Trukikaitis_Postimees, lk 166
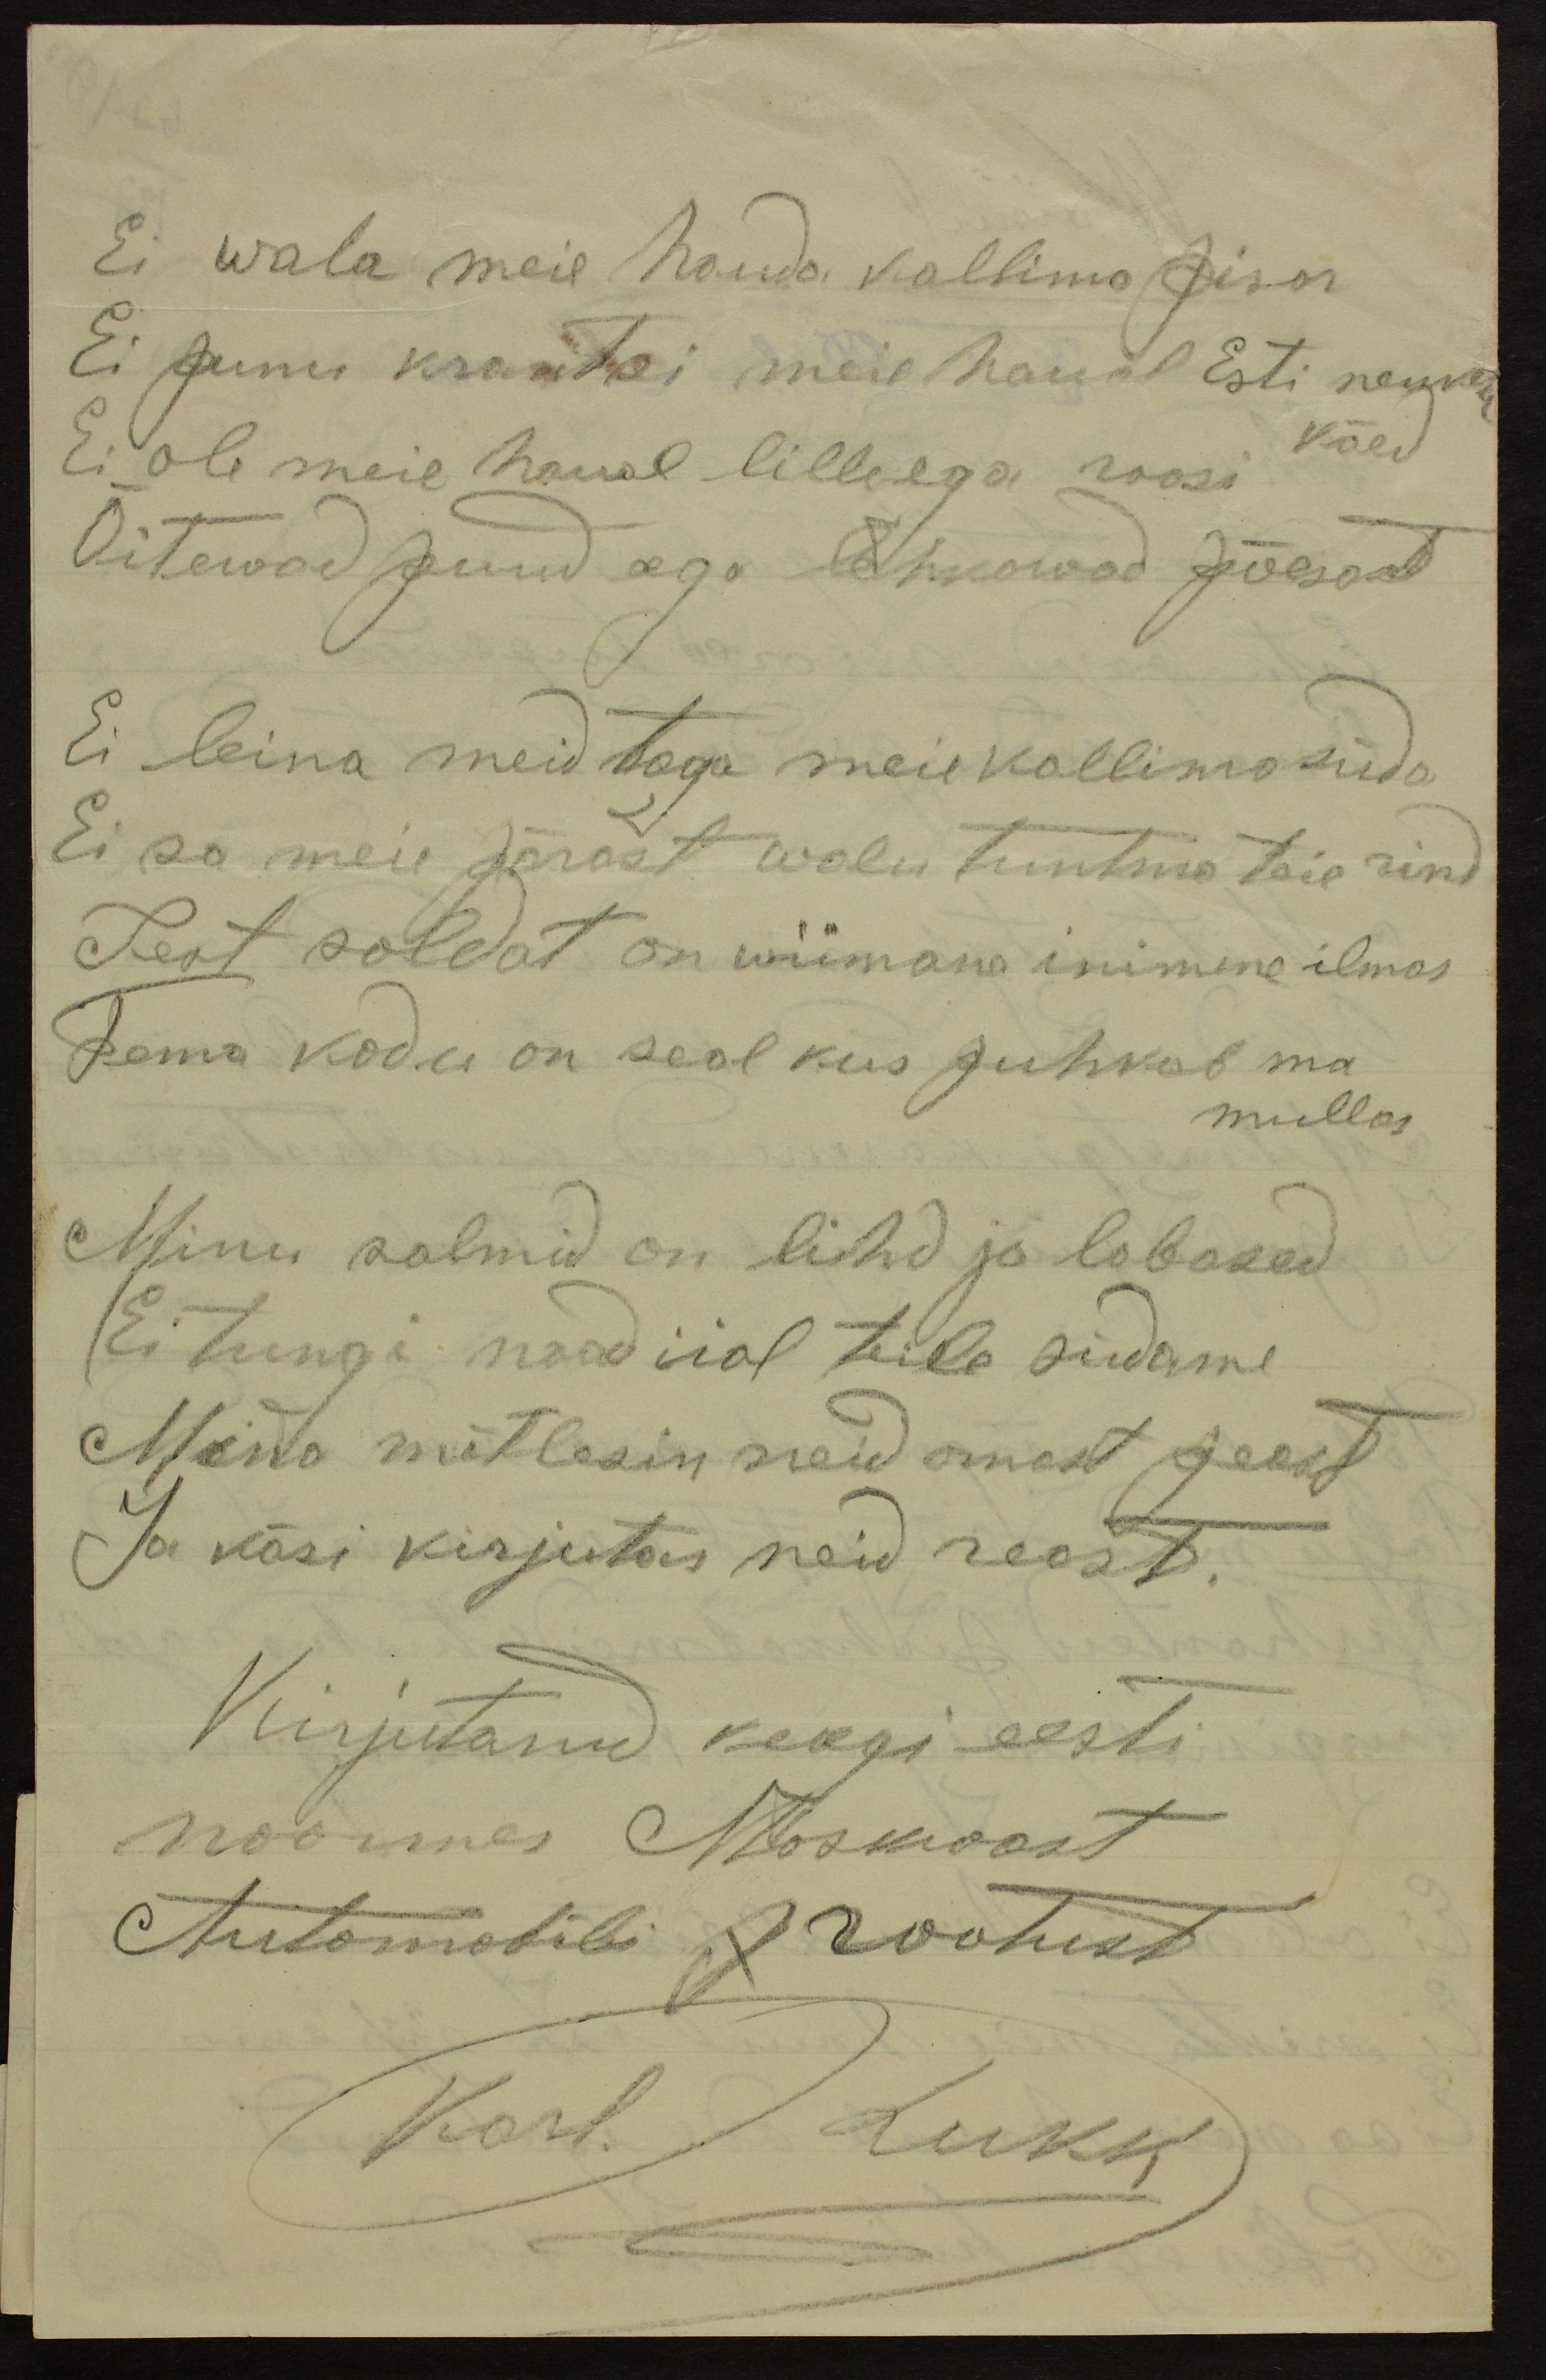
Ei wala meie hauda kallima pisar
Ei punu krantsi meie haual Esti nenkast
käed
Ei ole meie haual lille ega roosi
Õitewad puud aga lehkawad põõsast
Ei leina meid taga meie kallima süda
Ei sa meie pärast walu tuntma teie rind
Sest soldat on wiimane inimene ilmas
Tema kodu on seal kus puhkab ma
mullas
Minu salmid on lihd ja labased
Ei tungi naad iial teile südame
Mina mõtlesin neid omast peast
Ja käsi kirjutas neid reast.
Kirjutanud keegi eesti
Noormes Moskwast
Automobili p rootust
Karl. Lukk